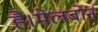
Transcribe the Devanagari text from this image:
है।मेलबोर्न